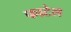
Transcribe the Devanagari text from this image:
फाटेल